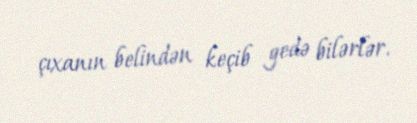
çıxanın belindən keçib gedə bilərlər.